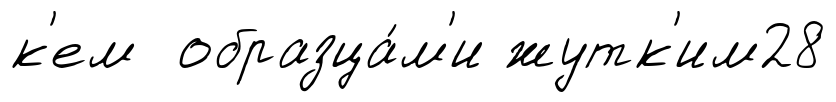
к'ем образца́м'и жутк'им28